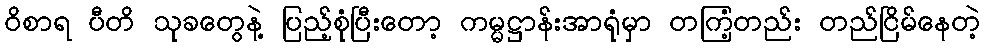
ဝိစာရ ပီတိ သုခတွေနဲ့ ပြည့်စုံပြီးတော့ ကမ္မဋ္ဌာန်းအာရုံမှာ တကြံ့တည်း တည်ငြိမ်နေတဲ့